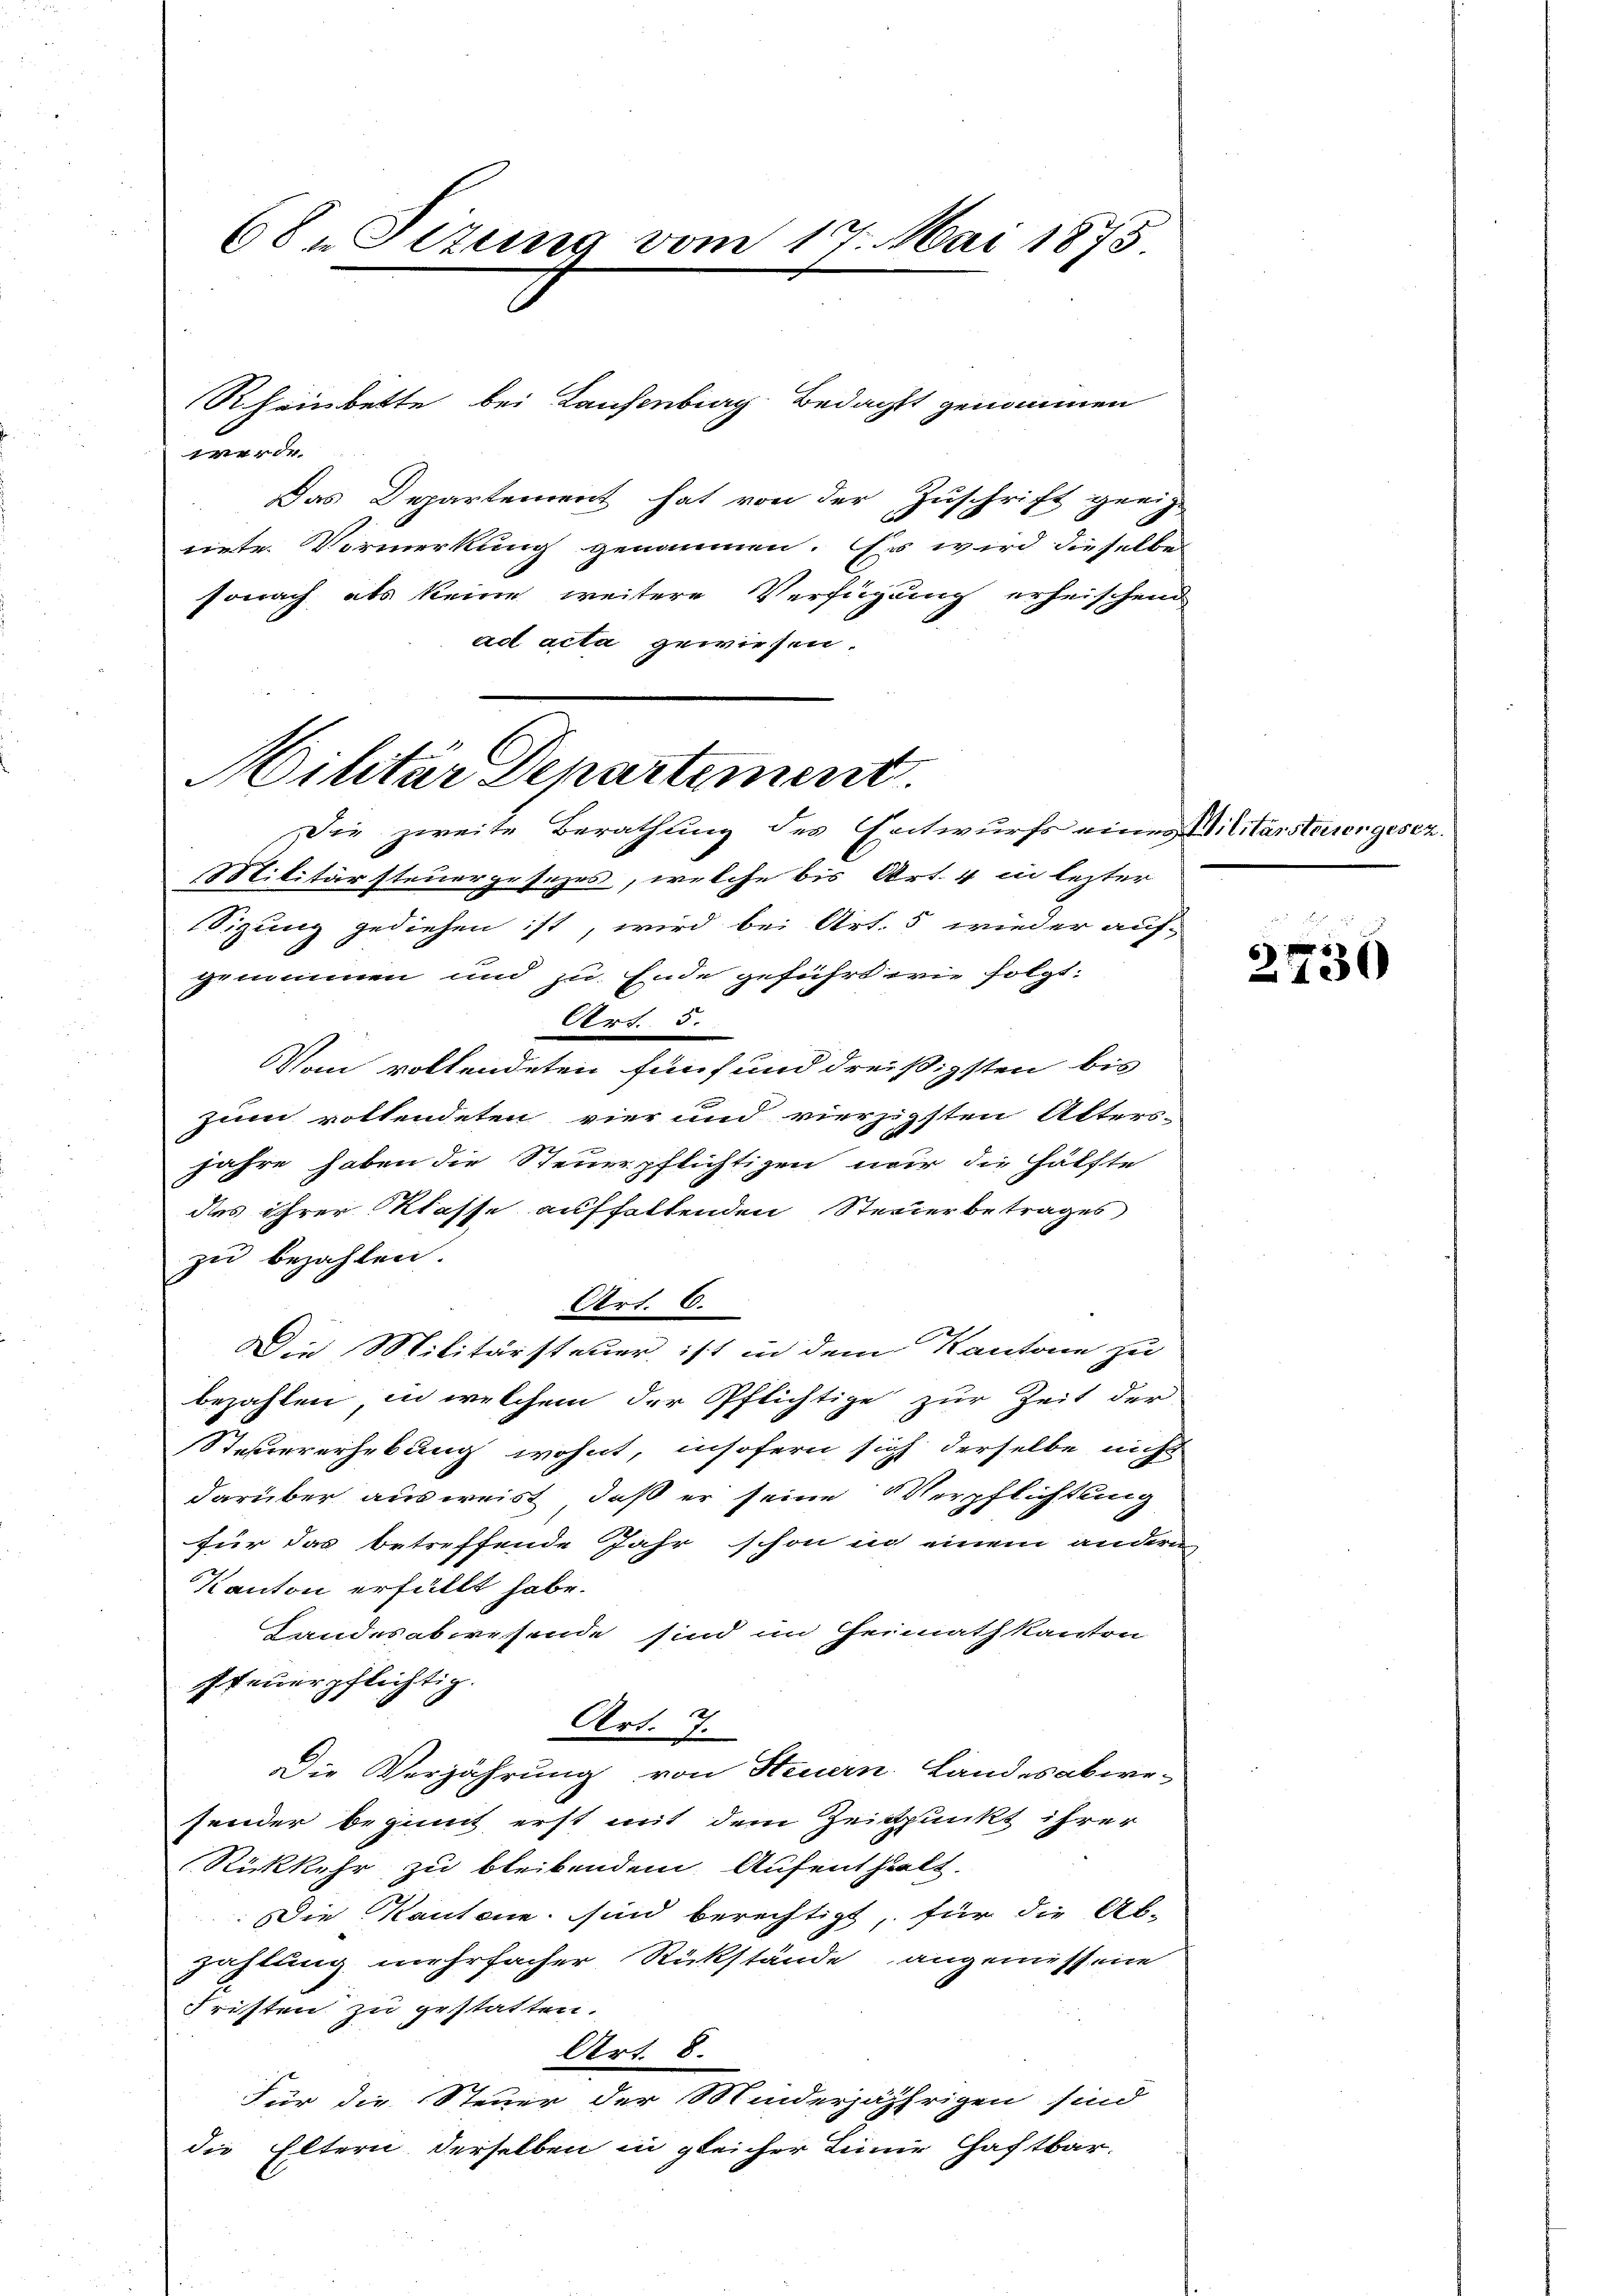
68. Situng vom 17. Mai 1875

Rheinbette bei Laufenburg Bedacht genommen
zytig an de
Das Departement hat von der Zuschrift geeig-
niete Vormerkung genommen. Es wird dieselbe
sonach als keine weitere Verfügung erheischend
ad acta gewiesen.
Die zweite Berathung des Entwurfs eines Militärsterer gesez
Militärsteuergesezes, welche bis Art. 4 in lezter
Sizung gediehen ist, wird bei Art. 5 wieder auf-
genommen und zu Ende geführt wie folgt:
Art. 5.
Vom vollendeten fünf und dreißigsten bis
zum vollendeten vier und vierzigsten Alters-
Jahre haben die Steuerpflichtigen nur die Hälfte
des ihrer Klasse aufhaltenden Steuerbetrages
zu bezahlen.
Art. 6.
Die Militärsteuer, ist in dem Kantone zu
bezahlen, in welchem der Pflichtige zur Zeit der
Steuererhebung wohnt, insofern sich derselbe nicht
darüber ausweist, daß er seine Verpflichtung
für das betreffende Jahr schon in einem andern
Kanton erfüllt habe.
Landesabwesende sind im Heimath kanton
ffeuerpflichtig.
Art. 7.
Die Verjährung von Steuern Landesabwe-
sender beginnt erst mit dem Zeitpunkt ihrer
Rückkehr zu bleibendem Aufenthalt.
Die Kantone sind berechtigt, für die Ab-
zahlung mehrfacher Rückstände angemessene
Fristen zu gestatten.
Art. 8.
Für die Steuer der Minderjährigen sind
die Eltern derselben in gleicher Linie haftbar.

Militär Departement.

2430